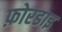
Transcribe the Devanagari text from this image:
फ़ोरडाइ